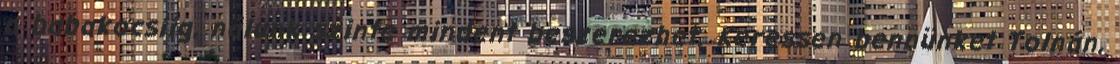
a babakocsiig, nálunk szinte mindent beszerezhet. Keressen bennünket Tolnán,